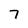
Character: 7